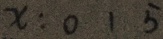
x : 0 1 5